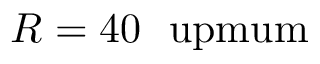
R = 4 0 \ \mathrm { \ u p m u m }